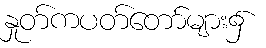
နှုတ်ကပတ်တော်များ၌